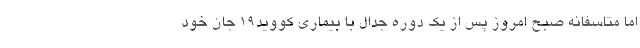
اما متاسفانه صبح امروز پس از یک دوره جدال با بیماری کووید۱۹ جان خود